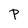
Character: P